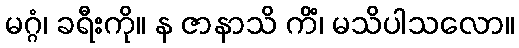
မဂ္ဂံ၊ ခရီးကို။ န ဇာနာသိ ကိံ၊ မသိပါသလော။